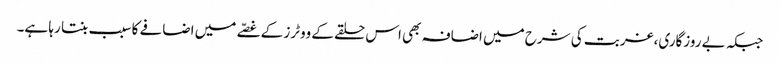
جبکہ بے روزگاری،غربت کی شرح میں اضافہ بھی اس حلقے کے ووٹرز کے غصّے میں اضافے کا سبب بنتا رہا ہے۔